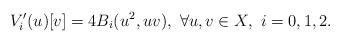
LaTeX: \begin{align*}V'_i(u)[v] = 4B_i(u^2, uv), \ \forall u, v \in X,\ i=0, 1, 2.\end{align*}